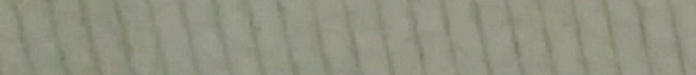
Open 24 Hours